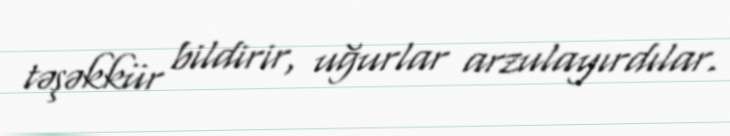
təşəkkür bildirir, uğurlar arzulayırdılar.